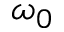
\omega _ { 0 }